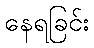
နေရခြင်း